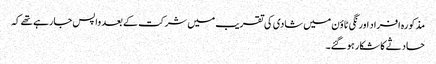
مذکورہ افراد اورنگی ٹاؤن میں شادی کی تقریب میں شرکت کے بعد واپس جارہے تھے کہ
حادثے کا شکار ہوگئے۔